Annual administration report of the Civil Veterinary Department of India - 1895-1896
Year: 1895
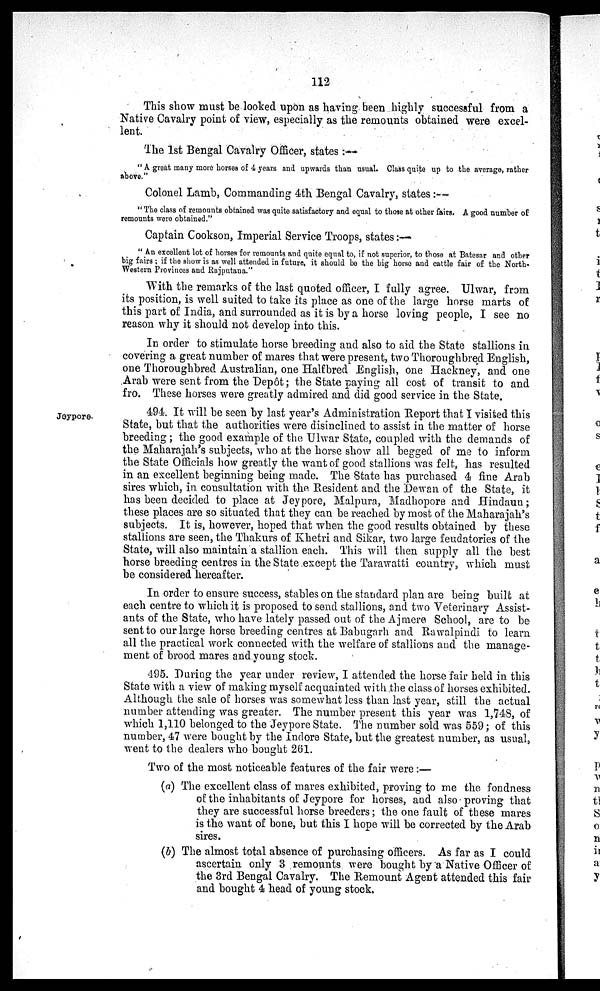
112
This show must be looked upon as having been highly successful from a
Native Cavalry point of view, especially as the remounts obtained were excel-
lent.
The 1st Bengal Cavalry Officer, states :—
"A great many more horses of 4 years and upwards than usual. Class quite up to the average, rather
above."
Colonel Lamb, Commanding 4th Bengal Cavalry, states :—
"The class of remounts obtained was quite satisfactory and equal to those at other fairs. A good number of
remounts were obtained."
Captain Cookson, Imperial Service Troops, states:—
"An excellent lot of horses for remounts and quite equal to, if not superior, to those at Batesar and other
big fairs; if the show is as well attended in future, it should be the big horse and cattle fair of the North-
Western Provinces and Rajputana."
With the remarks of the last quoted officer, I fully agree. Ulwar, from
its position, is well suited to take its place as one of the large horse marts of
this part of India, and surrounded as it is by a horse loving people, I see no
reason why it should not develop into this.
In order to stimulate horse breeding and also to aid the State stallions in
covering a great number of mares that were present, two Thoroughbred English,
one Thoroughbred Australian, one Halfbred English, one Hackney, and one
Arab were sent from the Depôt; the State paying all cost of transit to and
fro. These horses were greatly admired and did good service in the State.
Jeypore-
494. It will be seen by last year's Administration Report that I visited this
State, but that the authorities were disinclined to assist in the matter of horse
breeding; the good example of the Ulwar State, coupled with the demands of
the Maharajah's subjects, who at the horse show all begged of me to inform
the State Officials how greatly the want of good stallions was felt, has resulted
in an excellent beginning being made. The State has purchased 4 fine Arab
sires which, in consultation with the Resident and the Dewan of the State, it
has been decided to place at Jeypore, Malpura, Madhopore and Hindaun;
these places are so situated that they can be reached by most of the Maharajah's
subjects. It is, however, hoped that when the good results obtained by these
stallions are seen, the Thakurs of Khetri and Sikar, two large feudatories of the
State, will also maintain a stallion each. This will then supply all the best
horse breeding centres in the State except the Tarawatti country, which must
be considered hereafter.
In order to ensure success, stables on the standard plan are being built at
each centre to which it is proposed to send stallions, and two Veterinary Assist-
ants of the State, who have lately passed out of the Ajmere School, are to be
sent to our large horse breeding centres at Babugarh and Rawalpindi to learn
all the practical work connected with the welfare of stallions and the manage-
ment of brood mares and young stock.
495. During the year under review, I attended the horse fair held in this
State with a view of making myself acquainted with the class of horses exhibited.
Although the sale of horses was somewhat less than last year, still the actual
number attending was greater. The number present this year was 1,748, of
which 1,110 belonged to the Jeypore State. The number sold was 559; of this
number, 47 were bought by the Indore State, but the greatest number, as usual,
went to the dealers who bought 261.
Two of the most noticeable features of the fair were:—
(a) The excellent class of mares exhibited, proving to me the fondness
of the inhabitants of Jeypore for horses, and also proving that
they are successful horse breeders; the one fault of these mares
is the want of bone, but this I hope will be corrected by the Arab
sires.
(b) The almost total absence of purchasing officers. As far as I could
ascertain only 3 remounts were bought by a Native Officer of
the 3rd Bengal Cavalry. The Remount Agent attended this fair
and bought 4 head of young stock,